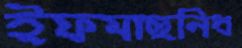
ইফমাছনিধ